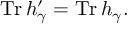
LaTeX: \operatorname { T r } h _ { \gamma } ^ { \prime } = \operatorname { T r } h _ { \gamma } .